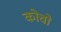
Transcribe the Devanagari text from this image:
कोचो